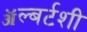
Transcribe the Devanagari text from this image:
ॲल्बर्टशी